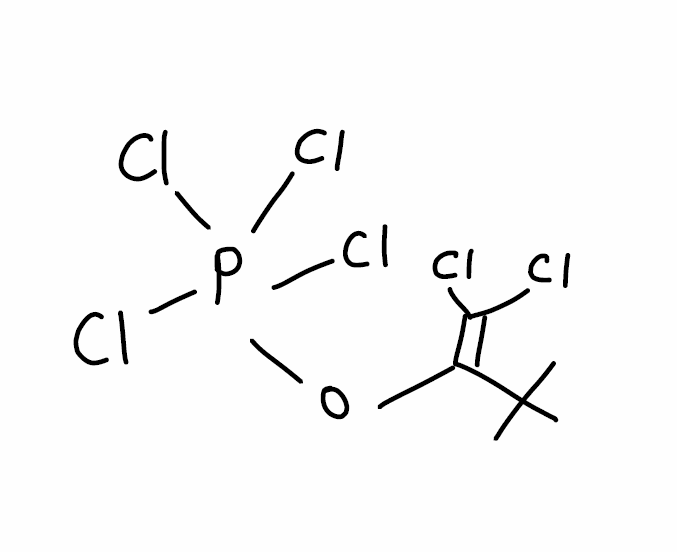
Simplified molecular-input line-entry system (SMILES) notation of the given molecule:
CC(C)(C)C(=C(Cl)Cl)OP(Cl)(Cl)(Cl)Cl